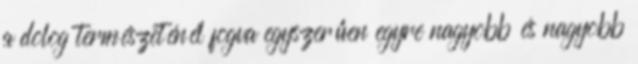
a dolog természeténél fogva egyszerűen egyre nagyobb és nagyobb